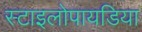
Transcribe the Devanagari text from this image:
स्टाइलोपायडिया